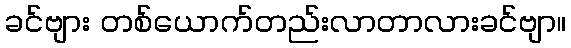
ခင်ဗျား တစ်ယောက်တည်းလာတာလားခင်ဗျာ။